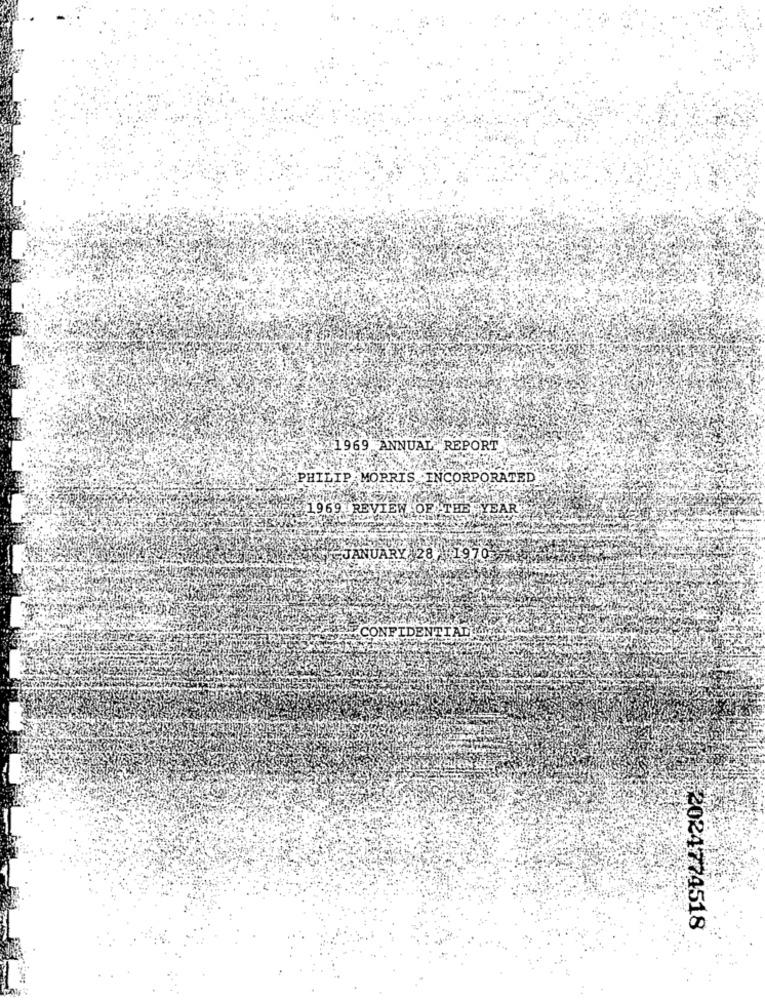
1969 ANNUAL REPORT
PHILIP MORRIS INCORPORATED
1969 REVIEW OF THE YEAR
JANUARY 28 1970
CONFIDENTIAL
62024774518